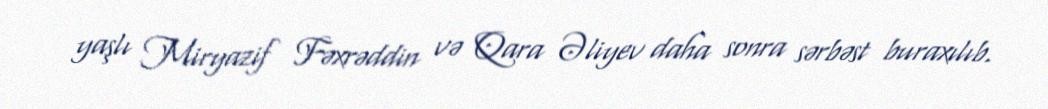
yaşlı Miryazif Fəxrəddin və Qara Əliyev daha sonra sərbəst buraxılıb.